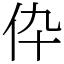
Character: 伜